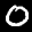
Label: 0